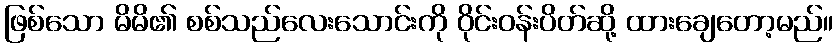
ဖြစ်သော မိမိ၏ စစ်သည်လေးသောင်းကို ဝိုင်းဝန်းပိတ်ဆို့ ထားချေတော့မည်။